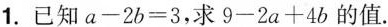
1.已知$$a-2b=3$$，求$$9-2a+4b$$的值.